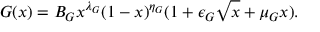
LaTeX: G ( x ) = B _ { G } x ^ { \lambda _ { G } } ( 1 - x ) ^ { \eta _ { G } } ( 1 + \epsilon _ { G } \sqrt { x } + \mu _ { G } x ) .